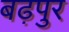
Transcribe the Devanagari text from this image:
बढ़पुर